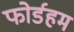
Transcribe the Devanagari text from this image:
फोर्डहम